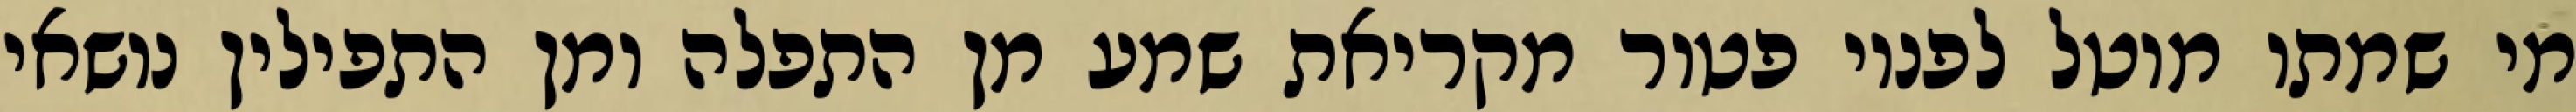
מי שמתו מוטל לפניו פטור מקריאת שמע מן התפלה ומן התפילין נושאי